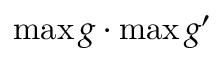
\operatorname* { m a x } g \cdot \operatorname* { m a x } g ^ { \prime }